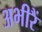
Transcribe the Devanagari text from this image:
अभीरैं